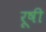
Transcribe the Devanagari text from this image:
रूषी